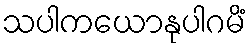
သပါကယောနုပါဂမိံ